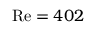
\ensuremath { \mathrm { R e } } = 4 0 2